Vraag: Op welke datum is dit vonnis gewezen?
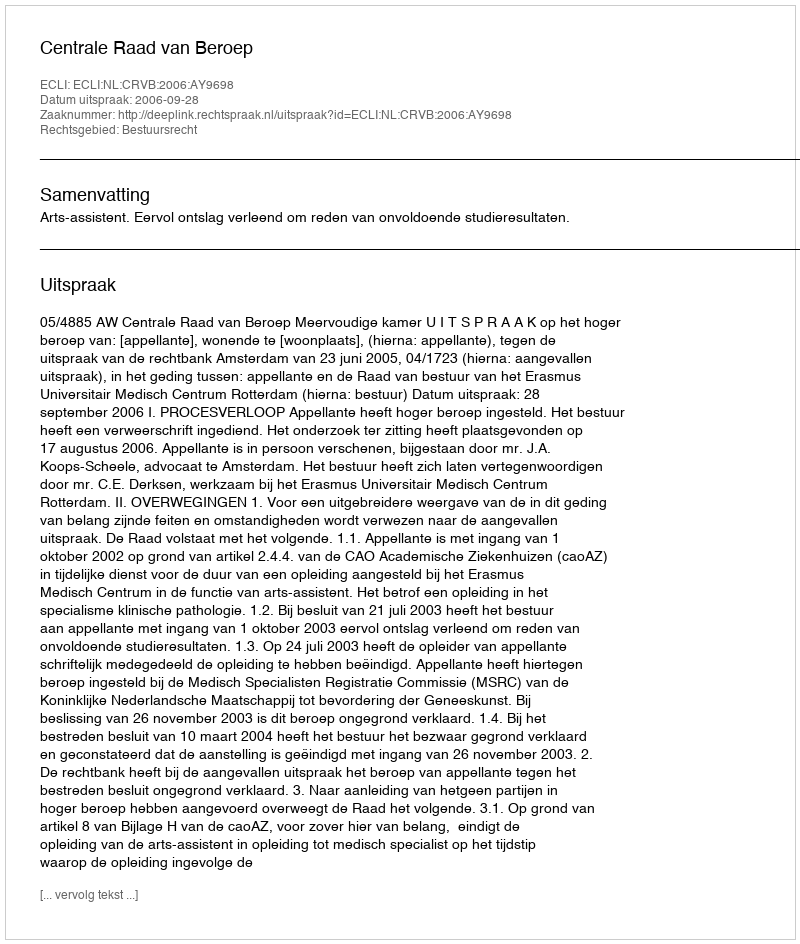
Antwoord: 2006-09-28